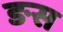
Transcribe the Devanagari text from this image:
ङस